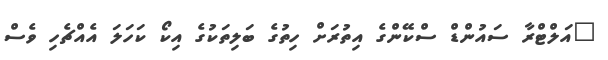
"އަލްޓްރާ ސައުންޑް ސްކޭންގެ އިތުރަށް ހިތުގެ ބަލިތަކުގެ އިކޯ ކަހަލަ އެއްޗެހި ވެސް